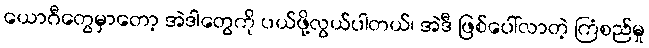
ယောဂီတွေမှာတော့ အဲဒါတွေကို ပယ်ဖို့လွယ်ပါတယ်၊ အဲဒီ ဖြစ်ပေါ်လာတဲ့ ကြံစည်မှု